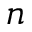
n